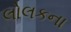
લોલકના